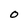
Character: O